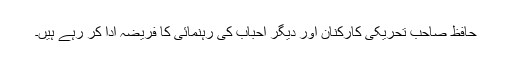
حافظ صاحب تحریکی کارکنان اور دیگر احباب کی رہنمائی کا فریضہ ادا کر رہے ہیں۔